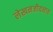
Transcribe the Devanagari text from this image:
लेखनजीवनात